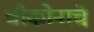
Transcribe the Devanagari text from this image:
चौकोनाचे